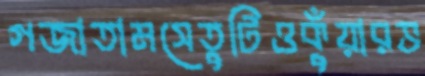
গজাতামসেতুটিওকুঁয়ারভ